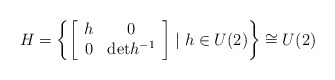
\begin{align*}H=\left\{\left[\begin{array}{cc}h & 0 \\ 0 &\mathrm{det}h^{-1}\end{array}\right]\mid{h}\in{U}(2)\right\}\cong U(2)\end{align*}